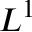
L ^ { 1 }